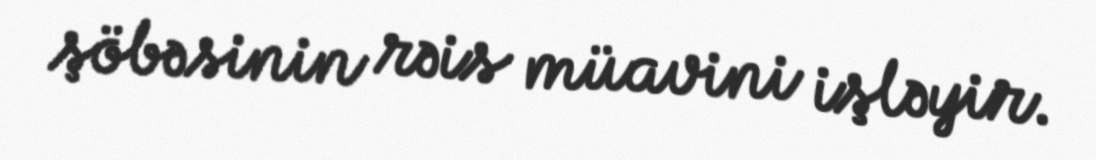
şöbəsinin rəis müavini işləyir.